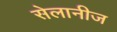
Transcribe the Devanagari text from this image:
सेलानीज